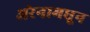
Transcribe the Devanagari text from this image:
अरेनामधून